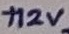
Text: +12V